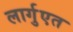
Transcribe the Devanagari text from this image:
लार्गुएत